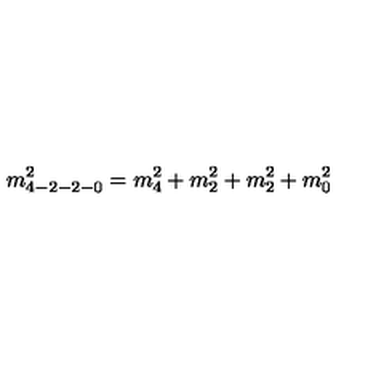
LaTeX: m _ { 4 - 2 - 2 - 0 } ^ { 2 } = m _ { 4 } ^ { 2 } + m _ { 2 } ^ { 2 } + m _ { 2 } ^ { 2 } + m _ { 0 } ^ { 2 }